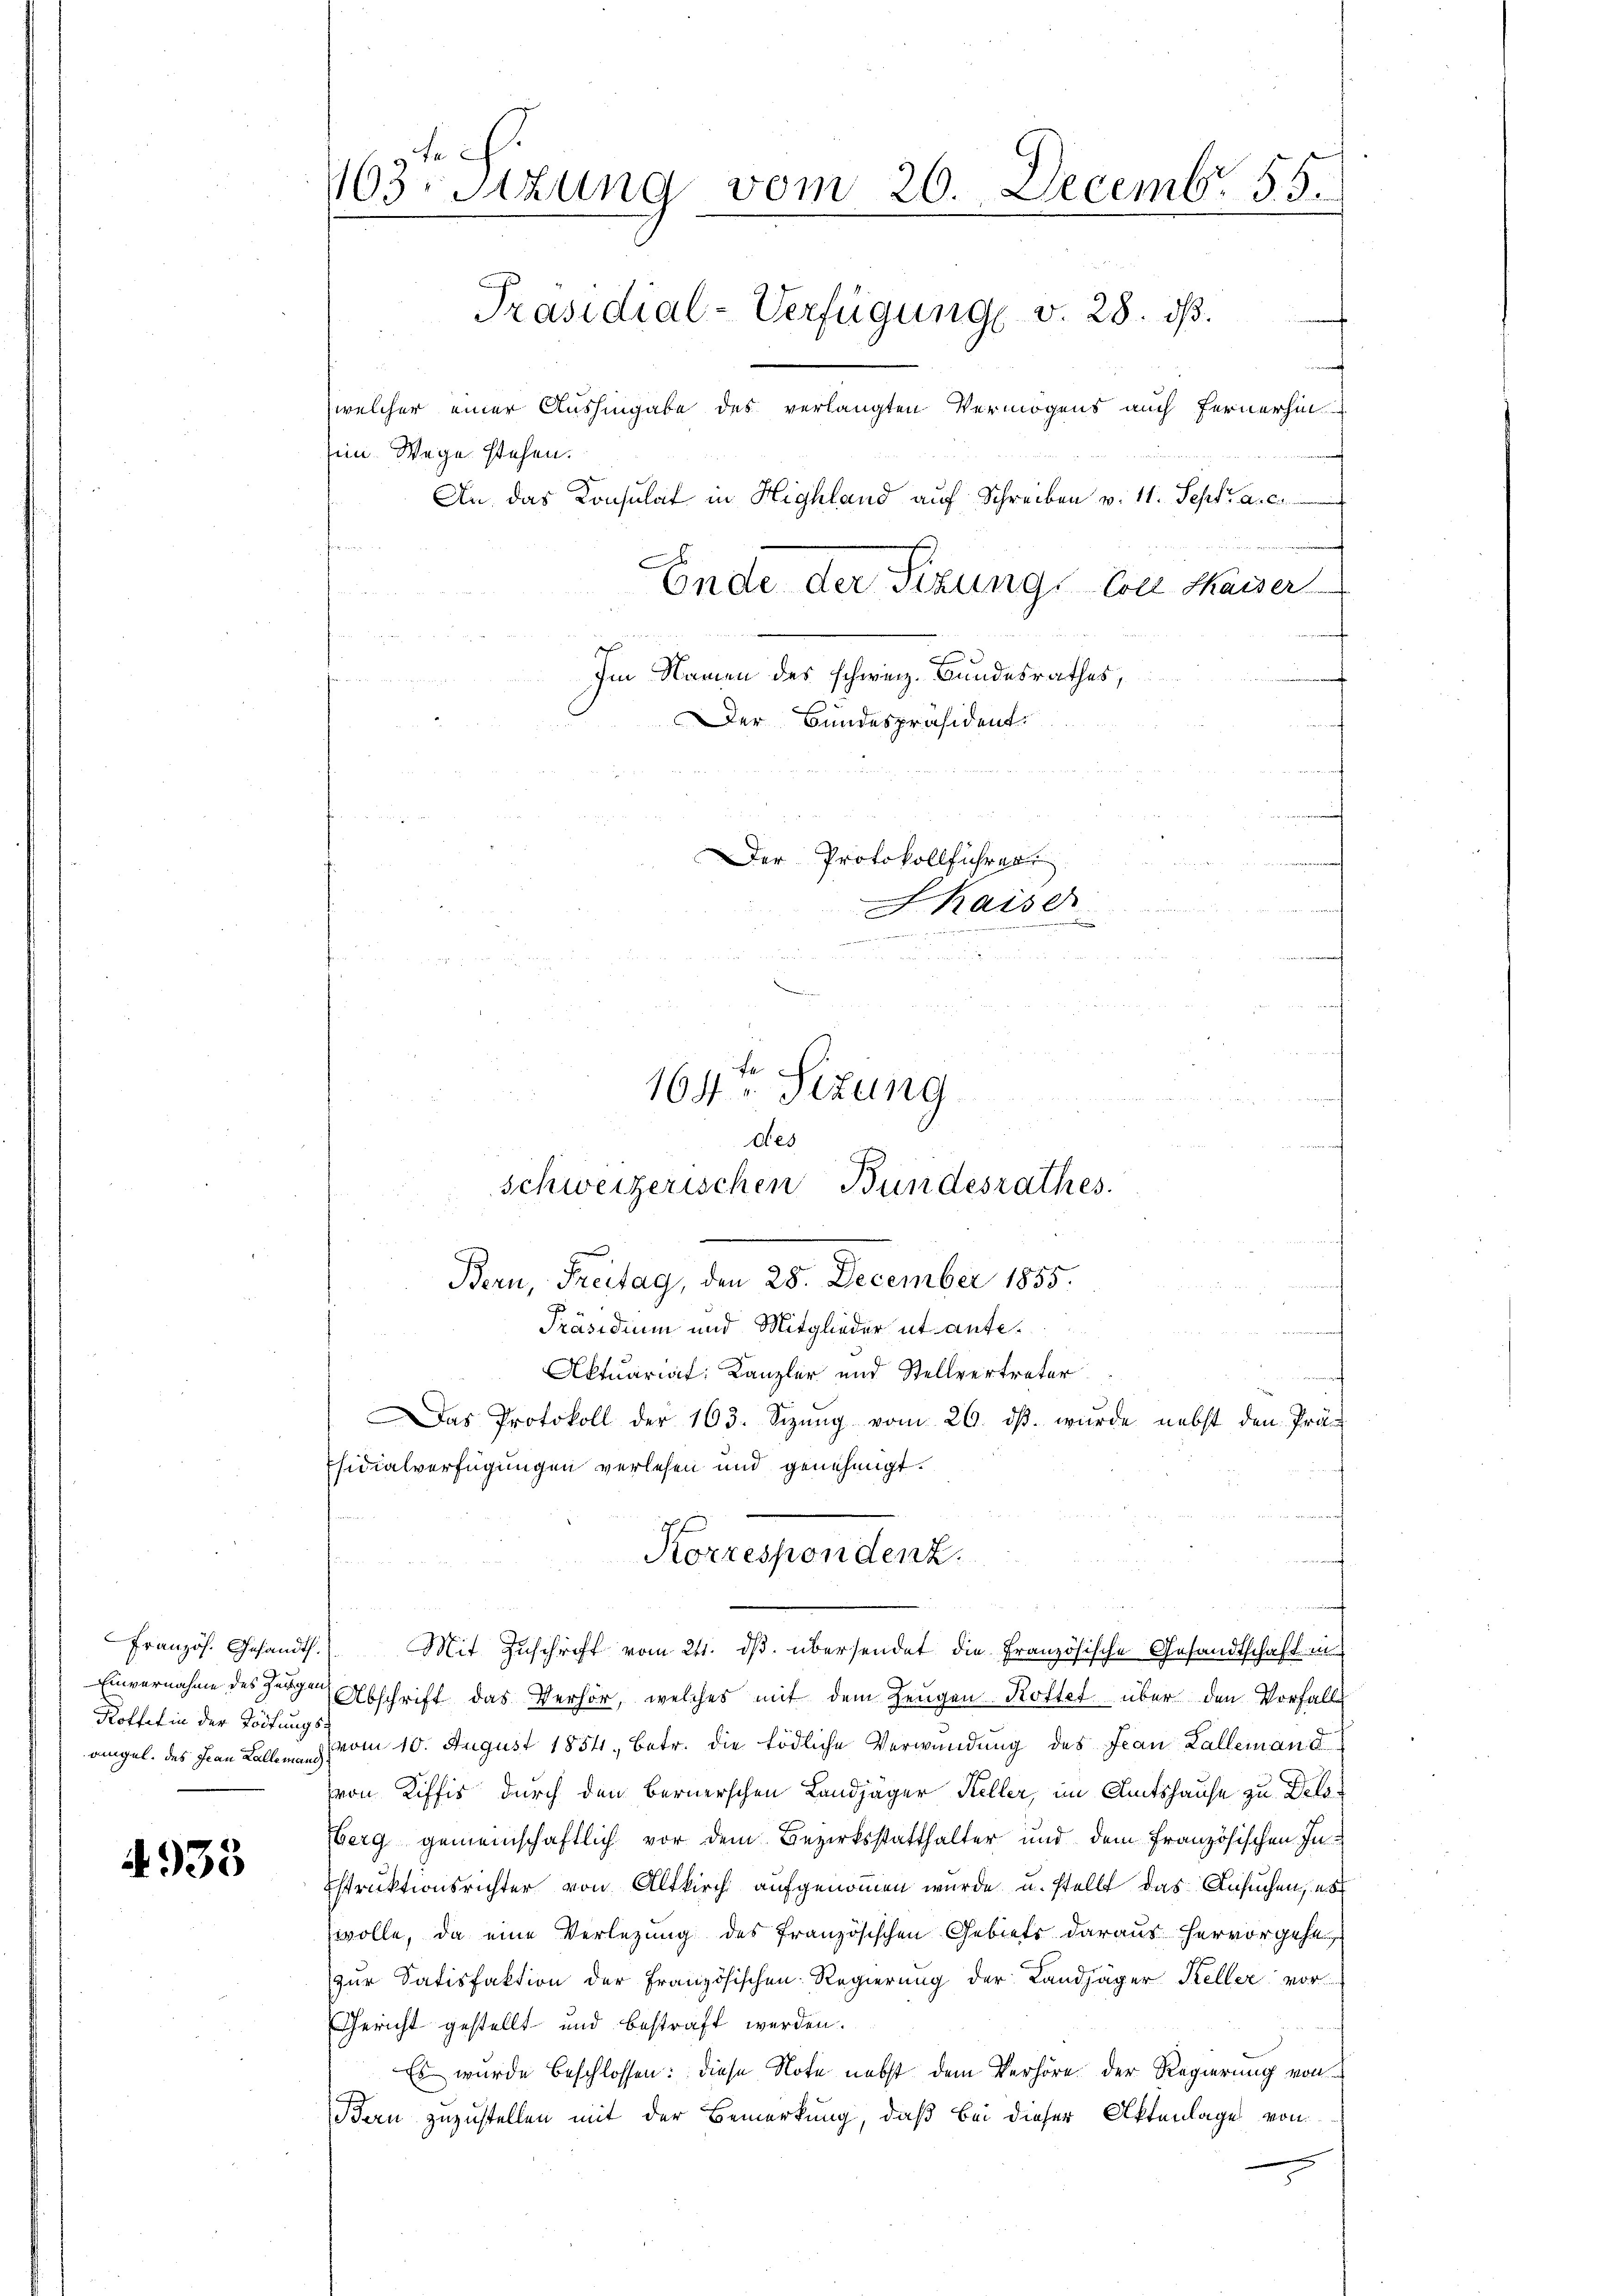
Französ. Gesandth.
Einvernahme des Hergen
Rottet in der Tödtungs

4935

ein Wege stehen.

103. Sitzung vom 26. Decemb. 55.
.
Präsidial-Verfügung v. 28. ds.
welcher einer Aushingabe des verlangten Vermögens auch fernerhin
An das Konsulat in Highland auf Schreiben v. 11. Sept. a. c.
n
he
Ende der Sizung von Maiser
ie
Im Namen des schweiz. Bundesrathes,
Der Bundespräsident.
Der Protokollführen
n
J Kaiser
h
un
e
u
u
164ten Sizung

des
schweizerischen Bundesrathes.
Bern, Freitag, den 28. December 1855.
Präsidium und Mitglieder ut antee
Aktuariat Kanzler und Stellvertreter

Mit Zuschrift vom 211. dβ übersendet die Französische Gesandtschaft in
Abschrift das Verhör, welches mit dem Zeugen Rottet über den Vorfalle
eigel. des Frau Ball vom 10. August 1854, betr. die tödliche Verwundung des Jean Zallemand
von Kiffis durch den Bernerschen Landjäger Keller, im Amtshause zu Dela¬
Eberg gemeinschaftlich vor dem Bezirksstatthalter und dem französischen In-
struktionsrichter von Altkirch aufgenommen wurde u. stellt das Ansuchen, es
wolle, da eine Verlegung des französischen Gebiets daraus hervorgehe
zur Satisfaktion der Französischen Regierung der Landjäger Keller vor¬
Gericht gestellt und bestraft werden.
Es wurde beschlossen: diese Note nebst dem Verhöre der Regierung von
Bern zuzustellen mit der Bemerkung, daß bei dieser Aktenlage von
s

Das Protokoll der 163. Sizŭng vom 26. dβ. wurde nebst den Prä-
fsidialverfügungen verlesen und genehmigt.
Korrespendenz.

f
immat